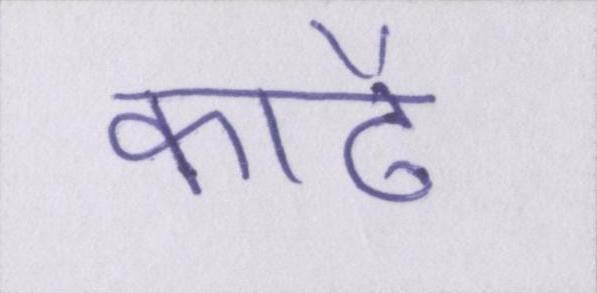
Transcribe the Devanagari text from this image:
काढै